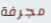
مجرفة